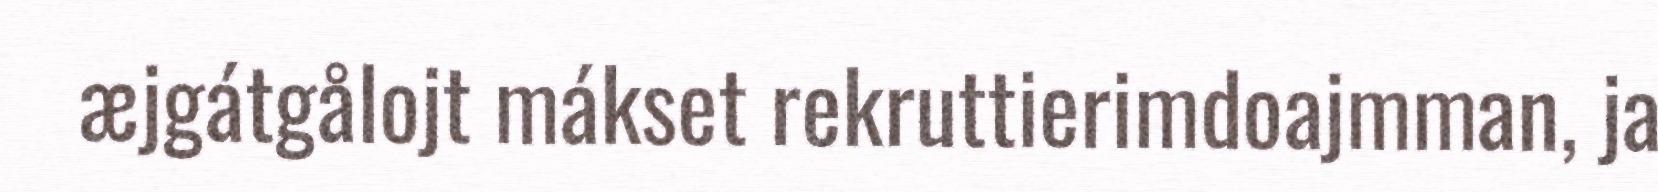
æjgátgålojt mákset rekruttierimdoajmman, ja